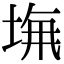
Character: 𡌖